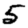
Digit: 5